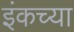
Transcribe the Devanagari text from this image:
इंकच्या